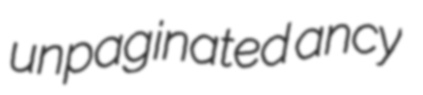
unpaginated ancy